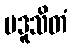
ပဒူသိတံ